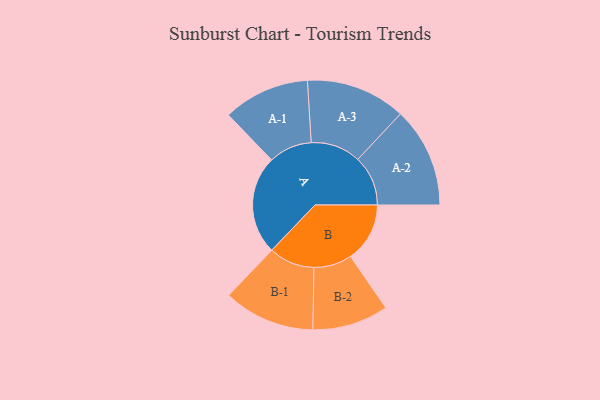
{"axis": {"x": "Segment", "y": "Value"}, "legend": ["", "A", "B"], "data": [{"x": "A", "y": 475, "type": ""}, {"x": "B", "y": 285, "type": ""}, {"x": "A-1", "y": 208, "type": "A"}, {"x": "A-2", "y": 241, "type": "A"}, {"x": "A-3", "y": 240, "type": "A"}, {"x": "B-1", "y": 220, "type": "B"}, {"x": "B-2", "y": 183, "type": "B"}]}